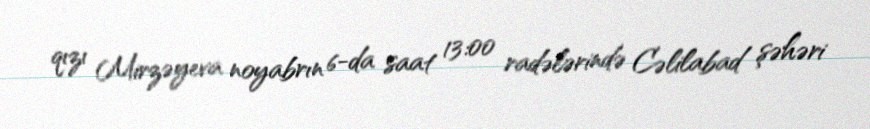
qızı Mirzəyeva noyabrın 6-da saat 13:00 radələrində Cəlilabad şəhəri